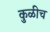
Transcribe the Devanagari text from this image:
कुळीच